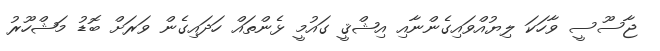
ޖާސޫސީ ވާހަކަ ލިޔުއްވައިގެންނާއި އިޝްޤީ ގައުމީ ޅެންތައް ހަދައިގެން ވަރަށް ބޮޑު މަޝްހޫރު